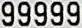
99999